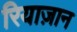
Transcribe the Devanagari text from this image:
रियाज़ान